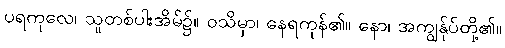
ပရကုလေ၊ သူတစ်ပါးအိမ်၌။ ဝသိမှာ၊ နေရကုန်၏။ နော၊ အကျွန်ုပ်တို့၏။